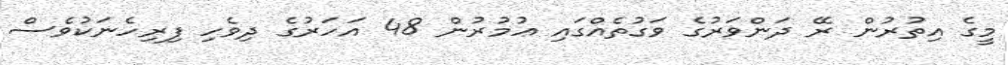
މީގެ އިތުރުން ރޭ ދަންވަރުގެ ވަގުތެއްގައި ޢުމުރުން 48 އަހަރުގެ ދިވެހި ފިރިހެނަކުވެސް